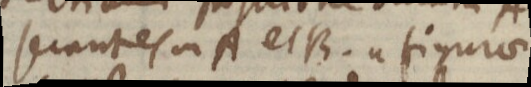
secantes in A et B. a figurae